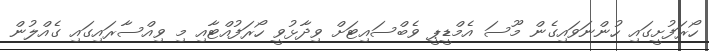
ހޯރަފުށީގައި ހުންނަވައިގެން މޫސަ އެމްޑީޕީ ވެބްސައިޓަށް ވިދާޅުވީ ހޯރަފުއްޓާއި މި ވިއްސާރައިގައި ގެއްލުން